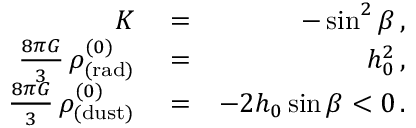
\begin{array} { r l r } { K } & { { } = } & { - \sin ^ { 2 } \beta \, , } \\ { \frac { 8 \pi G } { 3 } \, \rho _ { \mathrm { ( r a d ) } } ^ { ( 0 ) } } & { { } = } & { h _ { 0 } ^ { 2 } \, , } \\ { \frac { 8 \pi G } { 3 } \, \rho _ { \mathrm { ( d u s t ) } } ^ { ( 0 ) } } & { { } = } & { - 2 h _ { 0 } \sin \beta < 0 \, . } \end{array}